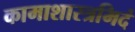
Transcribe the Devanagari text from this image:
कामाशास्त्रमिदं